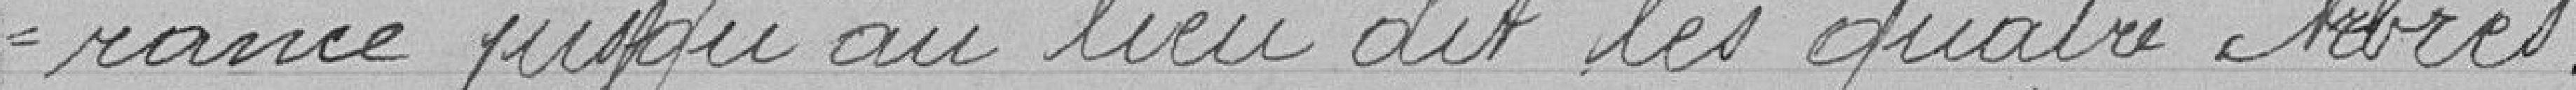
-rance jusqu'au lieu dit des quatre Arbres